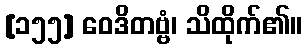
[၁၅၅] ဝေဒိတဗ္ဗံ၊ သိထိုက်၏။